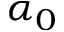
\alpha _ { 0 }